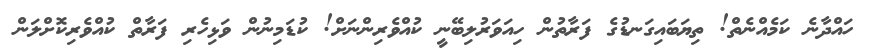
ހައްދާނެ ކަމެއްނެތް! ތިޔަބައިގަނޑުގެ ފަރާތުން ހިއަވަރުލިބޭނީ ކުއްވެރިންނަށް! ކުޑަމިނުން ވަޅިހެރި ފަރާތް ކުއްވެރިކޮށްލަން